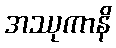
အဿုကာနိ